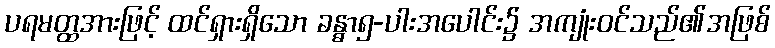
ပရမတ္ထအားဖြင့် ထင်ရှားရှိသော ခန္ဓာ၅-ပါးအပေါင်း၌ အကျုံးဝင်သည်၏အဖြစ်